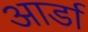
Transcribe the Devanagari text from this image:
आर्डा